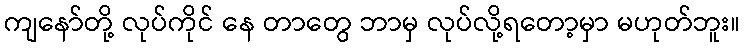
ကျနော်တို့ လုပ်ကိုင် နေ တာတွေ ဘာမှ လုပ်လို့ရတော့မှာ မဟုတ်ဘူး။